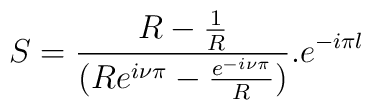
S=\frac{R-\frac{1}{R}}{(Re^{i\nu\pi}-\frac{e^{-i\nu\pi}}{R})}.e^{-i\pi l}